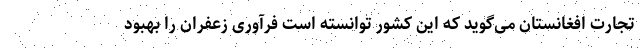
تجارت افغانستان می‌گوید که این کشور توانسته است فرآوری زعفران را بهبود